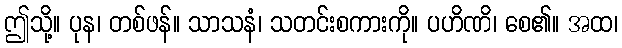
ဤသို့။ ပုန၊ တစ်ဖန်။ သာသနံ၊ သတင်းစကားကို။ ပဟိဏိ၊ စေ၏။ အထ၊